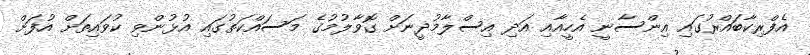
އެފްރިކާބައްރުގައި އިންސާނީ އެހީއާއި އަދި އިސްލާމުދީނަށް ގޮވާލުމުގެ މަސައްކަތުގައި އުޅުންވި ކުވައިތަށް އުފަށް